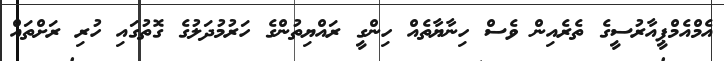
އެމްއެމްޕީއާރުސީގެ ތެރެއިން ވެސް ހިނާޔާތެއް ހިންގީ ރައްޔިތުންގެ ހަރުމުދަލުގެ ގޮތުގައި ހުރި ރަށްތައް